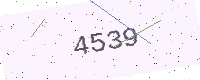
Text: 4539